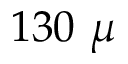
1 3 0 ~ \mu